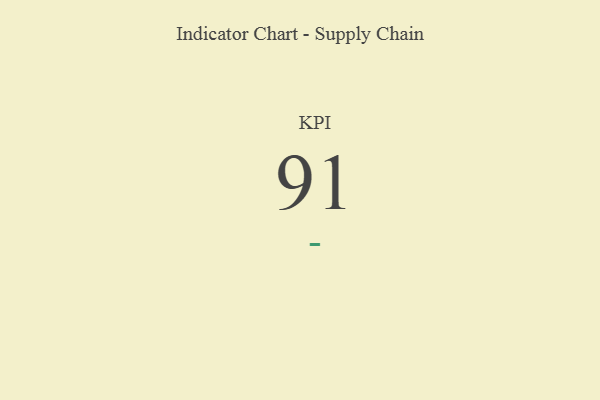
{"axis": {"x": "KPI", "y": "Value"}, "legend": [""], "data": [{"x": "KPI", "y": 91, "type": ""}]}